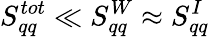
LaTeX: S_{qq}^{tot}\ll S_{qq}^{W}\approx S_{qq}^{I}